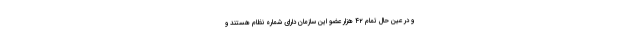
و در عین حال تمام ۴۲ هزار عضو این سازمان دارای شماره نظام هستند و